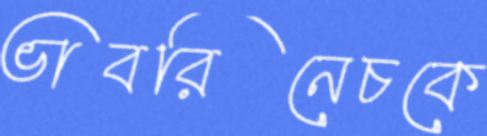
ভাবরিনেচকে